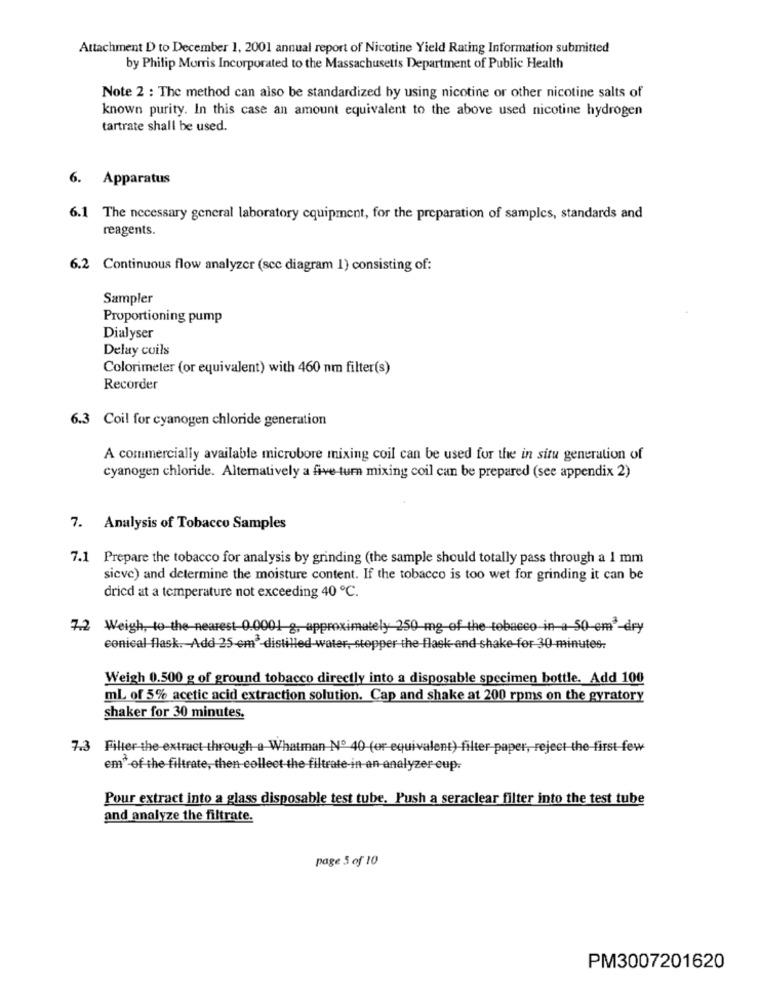
Attachment D to December 1, 2001 annual report of Nicotine Yield Rating Information submitted
by Philip Morris Incorporated to the Massachusetts Department of Public Health
Note 2 : The method can also be standardized by using nicotine or other nicotine salts of
known purity. In this case an amount equivalent to the above used nicotine hydrogen
tartrate shall be used.
6. Apparatus
6.1 The necessary general laboratory equipment, for the preparation of samples, standards and
reagents.
6.2 Continuous flow analyzer (scc diagram 1) consisting of:
Sampler
Proportioning pump
Dialyser
Delay coils
Colorimeter (or equivalent) with 460 nm filter(s)
Recorder
6.3 Coil for cyanogen chloride generation
A commercially available microbore mixing coil can be used for the in situ generation of
cyanogen chloride. Alternatively a five turn mixing coil can be prepared (see appendix 2)
7. Analysis of Tobacco Samples
7.1 Prepare the tobacco for analysis by grinding (the sample should totally pass through a 1 mm
sicve) and determine the moisture content. If the tobacco is too wet for grinding it can be
dried at a temperature not exceeding 40 ℃.
7.2 Weigh, to the nearest 0.0001 g, approximately 250 mg-of-the-tobacco-in a 50-em'-dry
conical flask. Add 25-em'-distilled water, stopper the flack and shake-for 30 minutes.
Weigh 0.500 g of ground tobacco directly into a disposable specimen bottle. Add 100
ml of 5% acetic acid extraction solution. Cap and shake at 200 rpms on the gyratory
shaker for 30 minutes.
7.3 Filter-the-extract through a Whatman Nº 40 (or equivalent) filter paper, reject the first few
em" of the filtrate, then collect the filtrate-in an-analyzer eup:
Pour extract into a glass disposable test tube. Push a seraclear filter into the test tube
and analyze the filtrate.
page 5 of 10
PM3007201620